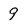
Character: 9